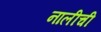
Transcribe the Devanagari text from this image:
नालीची